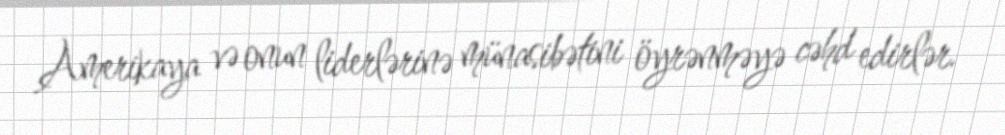
Amerikaya və onun liderlərinə münasibətini öyrənməyə cəhd edirlər.